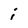
Character: i